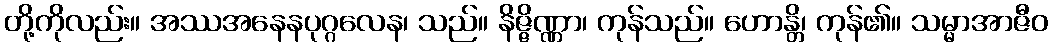
တို့ကိုလည်း။ အဿအနေနပုဂ္ဂလေန၊ သည်။ နိဇ္ဇိဏ္ဏာ၊ ကုန်သည်။ ဟောန္တိ၊ ကုန်၏။ သမ္မာအာဇီဝ